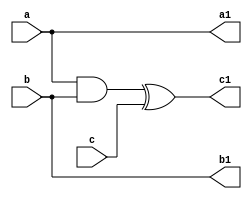
module toffoli1(a,b,c,a1,b1,c1);
input a,b,c;
output a1,b1,c1;
wire t1;
buf (a1,a);
buf (b1,b);
and (t1,a,b);
xor (c1,t1,c);
endmodule